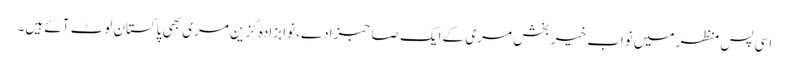
اسی پس منظر میں نواب خیر بخش مری کے ایک صاحبزادے، نوابزادہ گزین مری بھی پاکستان لوٹ آئے ہیں۔